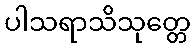
ပါသရာသိသုတ္တေ